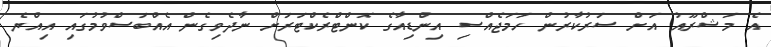
އެ މަޝްރޫއު އަށް ސަރުކާރުން ހަމަޖެއްސި އިންޑިއާގެ ކޮންޓްރެކްޓަރަށް ނާދެވިގެން އެއްބަސްވުމުގައި އިއްޔެ